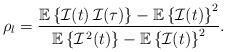
LaTeX: \begin{align*}\rho_l = \frac{\mathbb{E}\left\{ \mathcal{I}(t)\, \mathcal{I}(\tau)\right\} - \mathbb{E}\left\{ \mathcal{I}(t) \right\}^2} {\mathbb{E}\left\{ \mathcal{I}^{\,2}(t) \right\} - \mathbb{E}\left\{ \mathcal{I}(t)\right\}^2}.\end{align*}